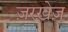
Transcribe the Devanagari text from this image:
ज़रख़ेज़